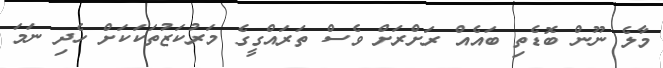
މާލެ ނޫން ބޮޑެތި ބައެއް ރަށްރަށް ވެސް ތަރައްގީގެ މަރުކަޒުތަކަކަށް ހެދި ނަމަ